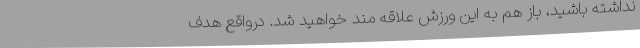
نداشته باشید، باز هم به این ورزش علاقه مند خواهید شد. درواقع هدف